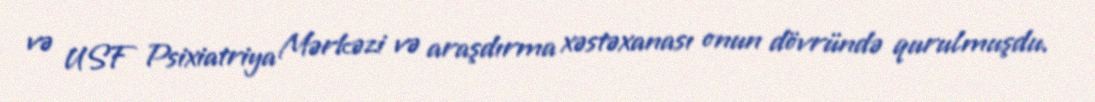
və USF Psixiatriya Mərkəzi və araşdırma xəstəxanası onun dövründə qurulmuşdu.